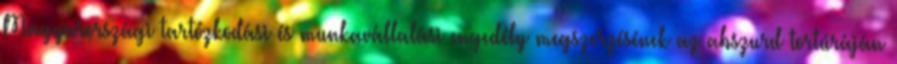
Magyarországi tartózkodási és munkavállalási engedély megszerzésének az abszurd tortúráján